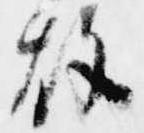
故